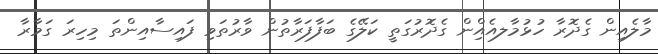
މާލެއިން ގެދޮރާ ހުޅުމާލއެއްިން ގެދޮރުގަތީ ކަލޭގެ ބަފާފަރާތުން ވާރުތަވި ފައިސާއިންތަ މިހިރަ ގަމާރާ